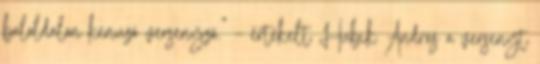
baloldalon kenuzó versenyző.” – értékelt Hubik András a versenyt